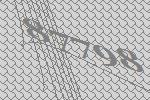
87798